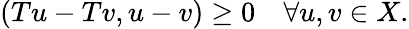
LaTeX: (Tu-Tv,u-v)\geq 0\quad\forall u,v\in X.